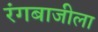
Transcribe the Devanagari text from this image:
रंगबाजीला